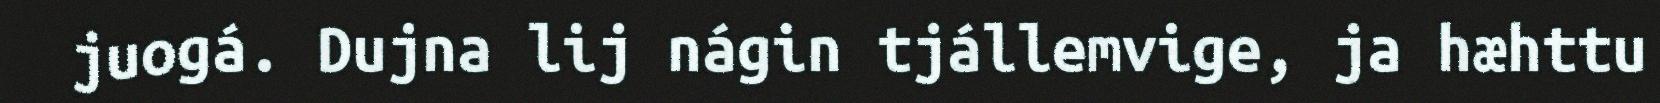
juogá. Dujna lij nágin tjállemvige, ja hæhttu